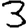
Digit: 3